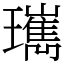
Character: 㼇